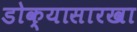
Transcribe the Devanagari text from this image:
डोक्यासारखा